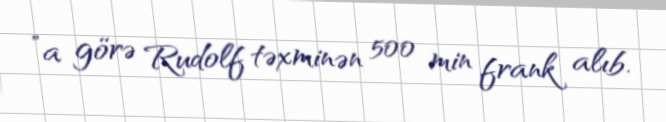
”a görə Rudolf təxminən 500 min frank alıb.